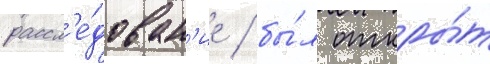
рассл'е́дован'ие / бы́л откры́т